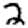
Digit: 2